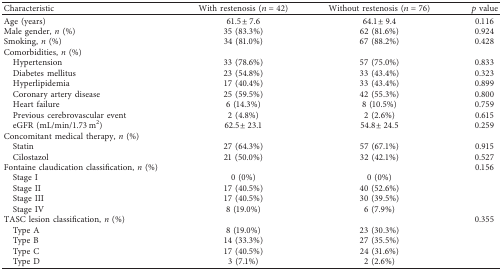
<table><thead><tr><td><b>Characteristic</b></td><td><b>With restenosis (<i>n</i>=42)</b></td><td><b>Without restenosis (<i>n</i>=76)</b></td><td><b><i>p</i> value</b></td></tr></thead><tbody><tr><td>Age (years)</td><td>61.5 ± 7.6</td><td>64.1 ± 9.4</td><td>0.116</td></tr><tr><td>Male gender, <i>n</i> (%)</td><td>35 (83.3%)</td><td>62 (81.6%)</td><td>0.924</td></tr><tr><td>Smoking, <i>n</i> (%)</td><td>34 (81.0%)</td><td>67 (88.2%)</td><td>0.428</td></tr><tr><td>Comorbidities, <i>n</i> (%)</td><td> </td><td> </td><td> </td></tr><tr><td> Hypertension</td><td>33 (78.6%)</td><td>57 (75.0%)</td><td>0.833</td></tr><tr><td> Diabetes mellitus</td><td>23 (54.8%)</td><td>33 (43.4%)</td><td>0.323</td></tr><tr><td> Hyperlipidemia</td><td>17 (40.4%)</td><td>33 (43.4%)</td><td>0.899</td></tr><tr><td> Coronary artery disease</td><td>25 (59.5%)</td><td>42 (55.3%)</td><td>0.800</td></tr><tr><td> Heart failure</td><td>6 (14.3%)</td><td>8 (10.5%)</td><td>0.759</td></tr><tr><td> Previous cerebrovascular event</td><td>2 (4.8%)</td><td>2 (2.6%)</td><td>0.615</td></tr><tr><td> eGFR (mL/min/1.73 m<sup>2</sup>)</td><td>62.5 ± 23.1</td><td>54.8 ± 24.5</td><td>0.259</td></tr><tr><td>Concomitant medical therapy, <i>n</i> (%)</td><td> </td><td> </td><td> </td></tr><tr><td> Statin</td><td>27 (64.3%)</td><td>57 (67.1%)</td><td>0.915</td></tr><tr><td> Cilostazol</td><td>21 (50.0%)</td><td>32 (42.1%)</td><td>0.527</td></tr><tr><td>Fontaine claudication classification, <i>n</i> (%)</td><td> </td><td> </td><td>0.156</td></tr><tr><td> Stage I</td><td>0 (0%)</td><td>0 (0%)</td><td> </td></tr><tr><td> Stage II</td><td>17 (40.5%)</td><td>40 (52.6%)</td><td> </td></tr><tr><td> Stage III</td><td>17 (40.5%)</td><td>30 (39.5%)</td><td> </td></tr><tr><td> Stage IV</td><td>8 (19.0%)</td><td>6 (7.9%)</td><td> </td></tr><tr><td>TASC lesion classification, <i>n</i> (%)</td><td> </td><td> </td><td>0.355</td></tr><tr><td> Type A</td><td>8 (19.0%)</td><td>23 (30.3%)</td><td> </td></tr><tr><td> Type B</td><td>14 (33.3%)</td><td>27 (35.5%)</td><td> </td></tr><tr><td> Type C</td><td>17 (40.5%)</td><td>24 (31.6%)</td><td> </td></tr><tr><td> Type D</td><td>3 (7.1%)</td><td>2 (2.6%)</td><td> </td></tr></tbody></table>